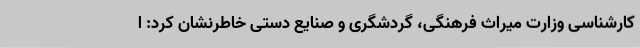
کارشناسی وزارت میراث فرهنگی، گردشگری و صنایع دستی خاطرنشان کرد: ا